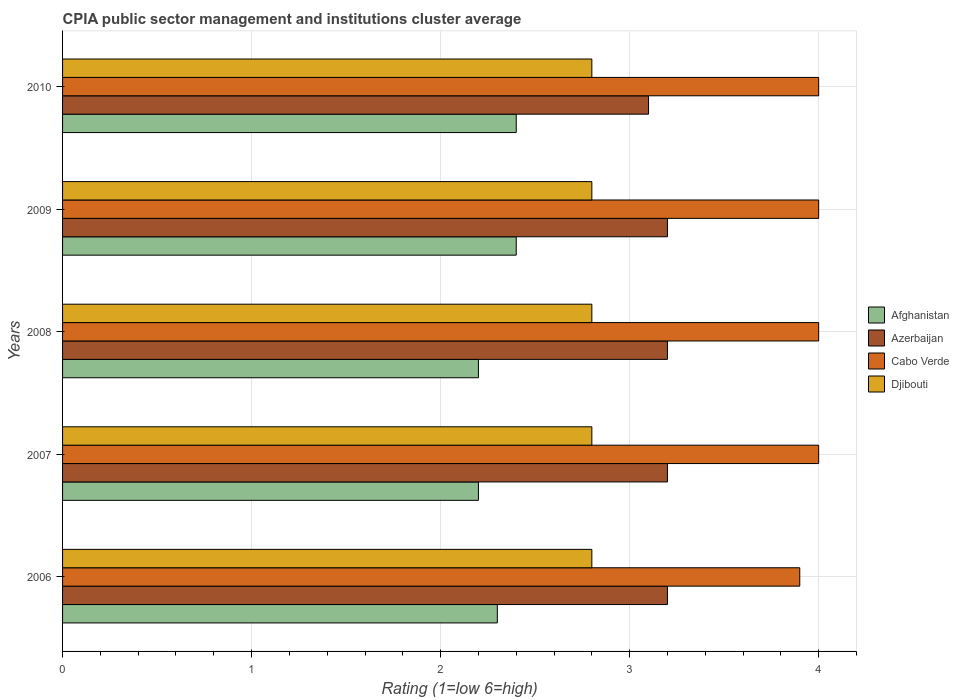
| Years | Afghanistan | Azerbaijan | Cabo Verde | Djibouti |
 | --- | --- | --- | --- | --- |
 | 2006 | 2.3 | 3.2 | 3.9 | 2.8 |
 | 2007 | 2.2 | 3.2 | 4 | 2.8 |
 | 2008 | 2.2 | 3.2 | 4 | 2.8 |
 | 2009 | 2.4 | 3.2 | 4 | 2.8 |
 | 2010 | 2.4 | 3.1 | 4 | 2.8 |